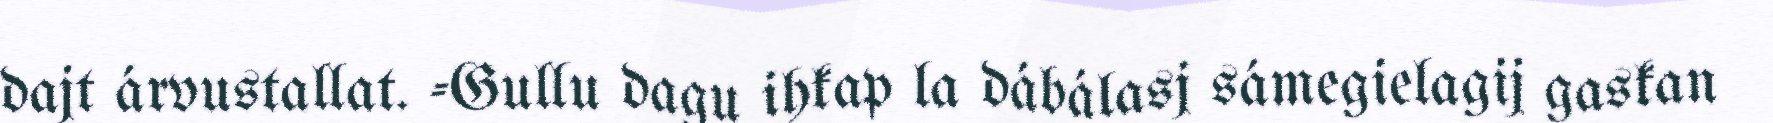
dajt árvustallat. -Gullu dagu ihkap la dábálasj sámegielagij gaskan